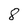
Character: 8